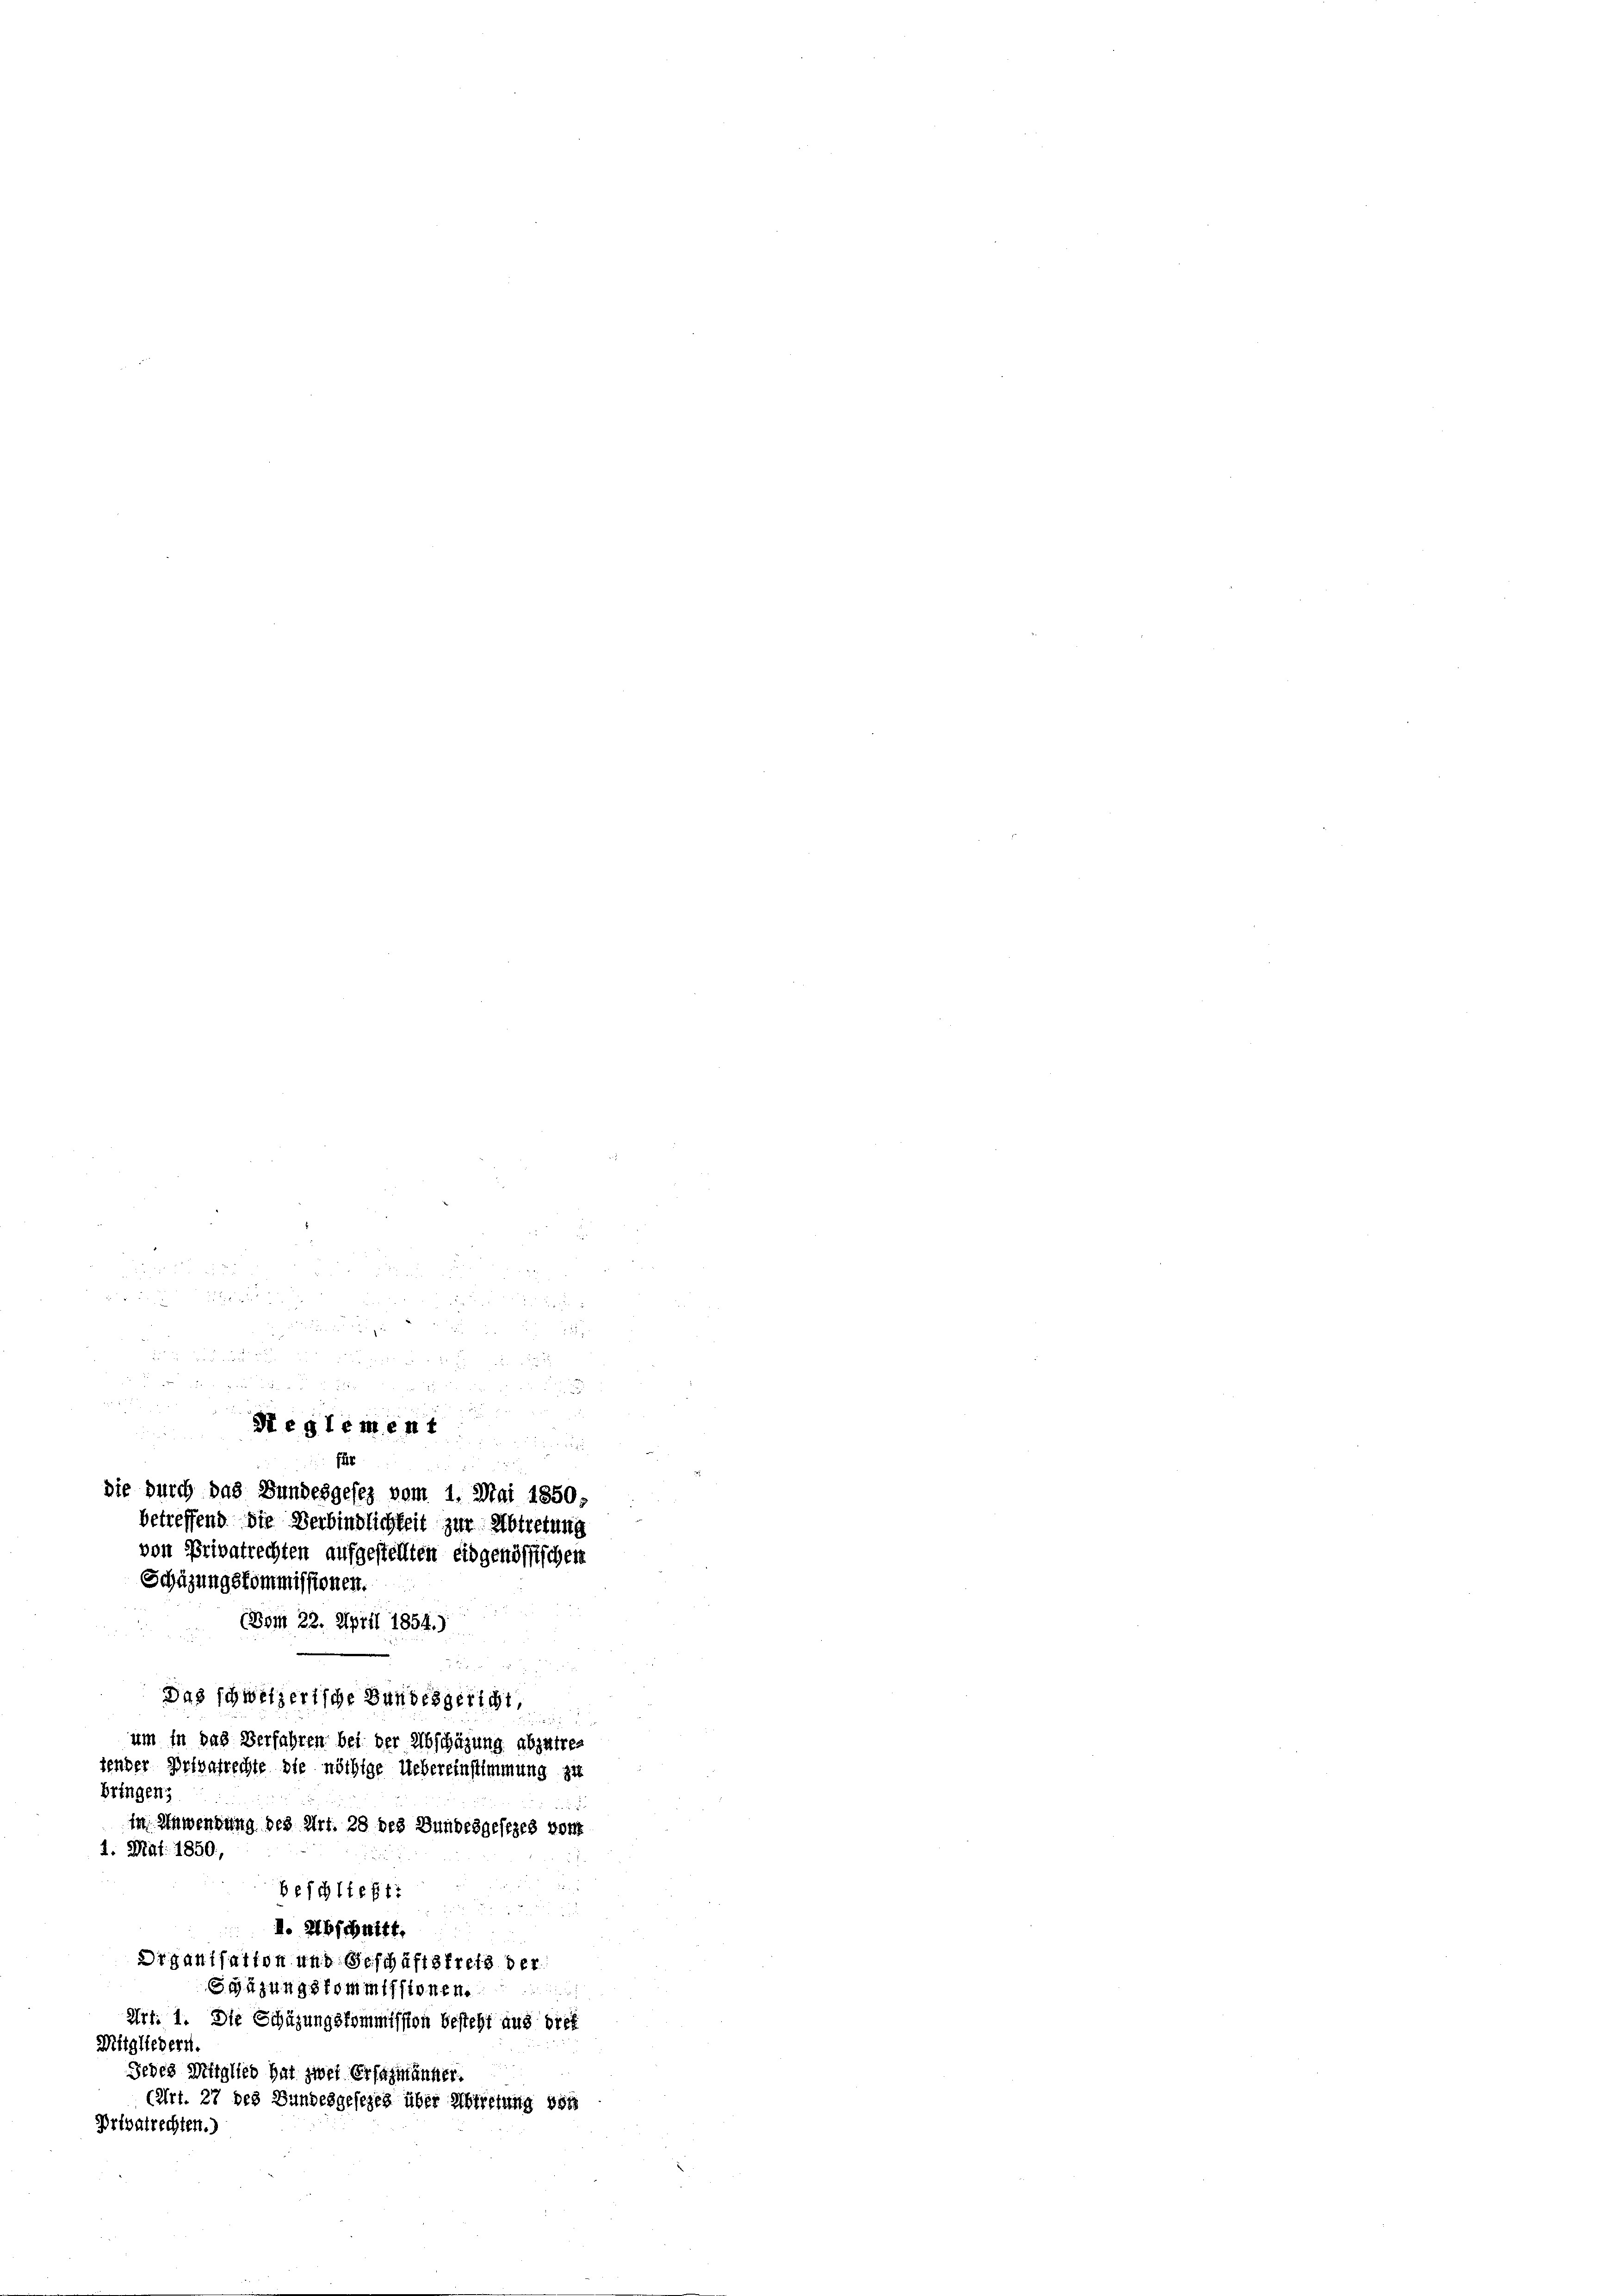
u
2
828 x
u

3 f 0 x
n
 25
e
i
u
von Privatrechten aufgestellten eidgenössischen
Schüzungskommissionen.
Das schweizerische Bundesgericht
um in das Verfahren bei der Abschazung abzutre
tender Privatrechte die nöthige Uebereinstimmung zu
bringens
in Anwendung des Art. 28 des Bundesgesezes vor
1. Mai 1850,
beschließt:
1. Abschnitt.
Drganisation und Geschäftsfreis der
Grüzungskommissionen.
Art. 1. Die Schüzungskommission besteht aus biet
Mitgliedern.

2 x 2

d

2

n

Seglement
f
sie durch das Bundesgesez vom 1. Mai 1850,

betreffend die Verbindlichkeit zur Abtretung

(Dom 22. April 1854.)

Jedes Mitglieb hat zwei Ersatmänger.
(Art. 27 des Bundesgesezes über Abtretung des
Privatrechten.)